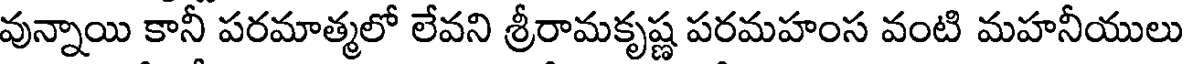
వున్నాయి కానీ పరమాత్మలో లేవని శ్రీరామకృష్ణ పరమహంస వంటి మహనీయులు